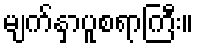
မျက်နှာပူစရာကြီး။